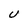
Character: U